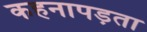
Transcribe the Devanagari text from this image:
कहनापड़ता